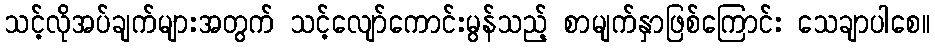
သင့်လိုအပ်ချက်များအတွက် သင့်လျော်ကောင်းမွန်သည့် စာမျက်နှာဖြစ်ကြောင်း သေချာပါစေ။